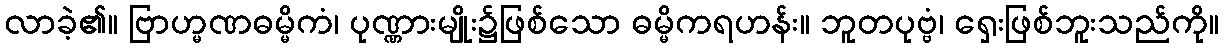
လာခဲ့၏။ ဗြာဟ္မဏဓမ္မိကံ၊ ပုဏ္ဏားမျိုး၌ဖြစ်သော ဓမ္မိကရဟန်း။ ဘူတပုဗ္ဗံ၊ ရှေးဖြစ်ဘူးသည်ကို။